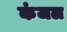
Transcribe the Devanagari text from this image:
कंजल